Report of the Hyderabad Chloroform Commission
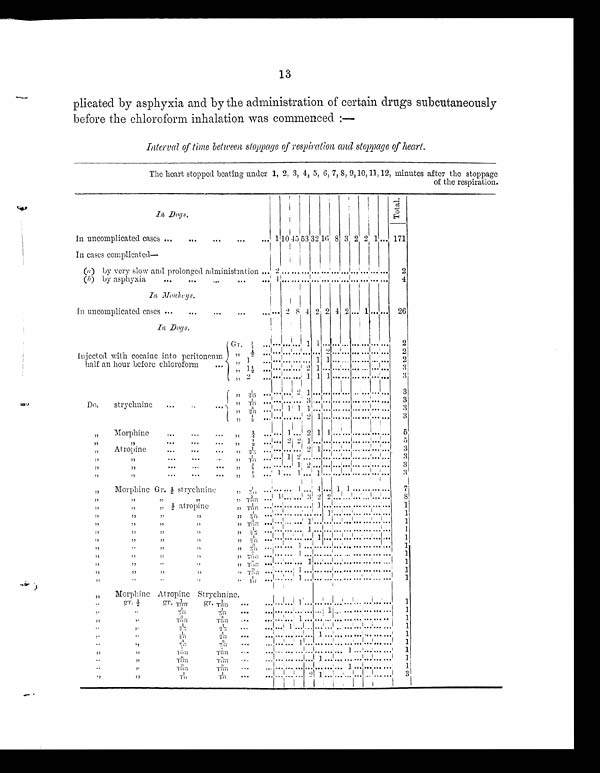
13
plicated by asphyxia and by the administration of certain drugs subcutaneously
before the chloroform inhalation was commenced
Interval of time between stoppage of respiration and stoppage of heart.
The heart stopped beating under 1, 2, 3, 4, 5, 6, 7, 8, 9,10,11, 12, minutes after the stoppage
of the respiration.
In Dogs.
T o t a l .
In uncomplicated cases ...
...
...
... 1 10 45 53 32 16 8 3 2 2 1 ... 171
I n c a s e s c o m p l i c a t e d —
(a) by very slow and prolonged administration ... 2 2
(b) by asphyxia
...
...
...
4 4
In Monkeys.
In uncomplicated cases ...
...
...
...
„, ... 2 8 4 2 2 4 2 ... 1 ... ... 26
In Dogs.
Injected with cocaine into peritoneum
half an hour before chloroform
...
Gr. ¼
1 1
2
"
½
...
2
2
"
1
1 1
2
" 1 ½
2 1
3
„ 2
1 1 1
3
Do,
strychnine
..
..
"
1/20
2 1
3
" 1/ 10
3 .
3
"
3/20
1 1 1
3
"
1/ 5
2 1
3
" Morphine
...
... ... " ¼ ... 1 ... 2 1 1
5
"
"
" ½
2 2 1
5
"
Atropine
. . .
. . .
"
1/23 ...
2 1
3
"
"
. . .
" 1/10
1 2
3
" "
. . .
. . .
... " 1/ 5
1 2
3
"
"
. . .
. . .
" 1/3 1
1 ... 1
3
„
Morphine Gr. ½ strychnine
„ 1/50
1 4
1 1
7
"
"
"
" "
3/100 1
3 2 2
8
"
"
" ½ atropine "
1/100
1
1
"
"
"
" "
1/50
1
1
"
" "
"
" 3/100
1
1
"
""
"
"
1/25
1
1
"
"
"
"
" 1/20
1
1
'
"
" " "
"
3/50
1
1
"
""
"
"
7/100
1
1
"
"
"
" "
8/100
1
1
"
"
"
" "
9/100
1
1
1/ 10
1
1
„
Morphine Atropine Strychnine.
"
gr. ½
gr. 1/100
gr. 1/ 100
1
1
" "
1 / 5 0
1 / 5 0
1
1
"
"
3/100
3 / 1 0 0
1
1
" "
1/ 25
1 / 2 5
1
1
"
" 1/20
1 / 2 0
1
"
"
3/ 50 3/50
1
"
"
4 / 1 0 0
7/ 100
1
1
"
"
8/100
8 / 1 0 0
1
1
"
"
9/100
9/ 100
1
1
"
"
1/ 10
1 / 1 0
2
1
3